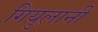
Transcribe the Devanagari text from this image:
गियुलानी